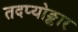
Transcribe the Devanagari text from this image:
तदप्योङ्कार